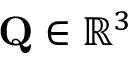
\mathbf { Q } \in \mathbb { R } ^ { 3 }